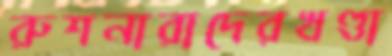
রুশনারাদেরখণ্ডা